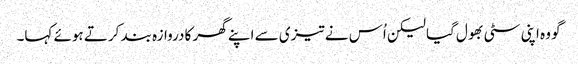
گو وہ اپنی سٹی بھول گیا لیکن اُس نے تیزی سے اپنے گھر کا دروازہ بند کرتے ہوئے کہا۔